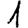
Digit: 1